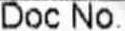
DOC NO.